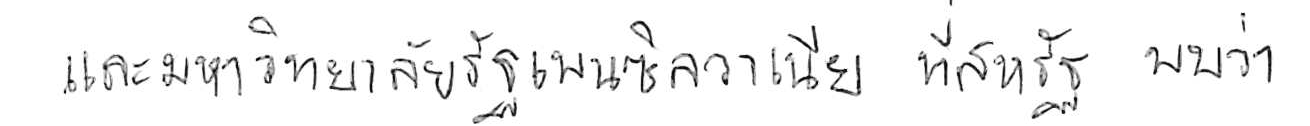
และมหาวิทยาลัยรัฐเพนซิลวาเนีย ที่สหรัฐ พบว่า